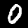
Digit: 0